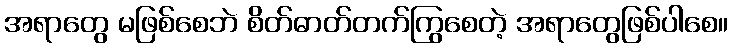
အရာတွေ မဖြစ်စေဘဲ စိတ်ဓာတ်တက်ကြွစေတဲ့ အရာတွေဖြစ်ပါစေ။